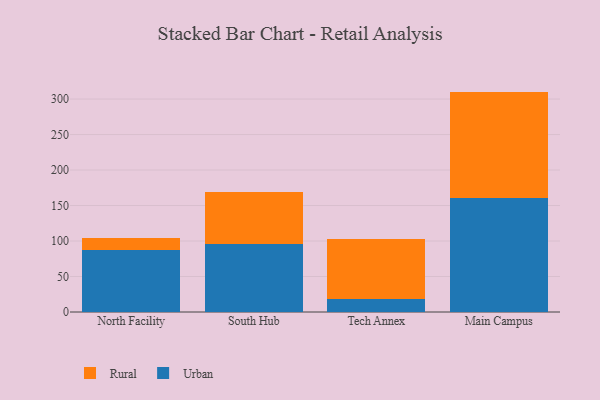
{"axis": {"x": "Campus", "y": "Net Income (USD K)"}, "legend": ["Rural", "Urban"], "data": [{"x": "North Facility", "y": 87.1, "type": "Urban"}, {"x": "North Facility", "y": 17.3, "type": "Rural"}, {"x": "South Hub", "y": 95.3, "type": "Urban"}, {"x": "South Hub", "y": 73.9, "type": "Rural"}, {"x": "Tech Annex", "y": 17.7, "type": "Urban"}, {"x": "Tech Annex", "y": 85.7, "type": "Rural"}, {"x": "Main Campus", "y": 160.3, "type": "Urban"}, {"x": "Main Campus", "y": 150.2, "type": "Rural"}]}